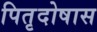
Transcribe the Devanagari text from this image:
पितृदोषास